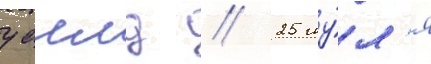
уаилд // 25 иу́л'я